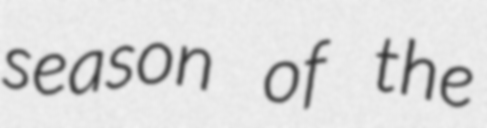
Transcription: season of the